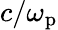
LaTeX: c/\omega_{\mathrm{p}}